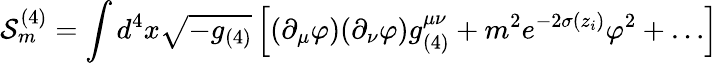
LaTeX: {\cal S}_{m}^{(4)}=\int d^{4}x\sqrt{-g_{(4)}}\left[(\partial_{\mu}\varphi)(\partial_{\nu}\varphi)g_{(4)}^{\mu\nu}+m^{2}e^{-2\sigma(z_{i})}\varphi^{2}+\dots\right]